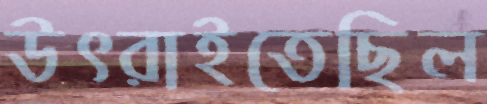
উৎরাইতেছিল